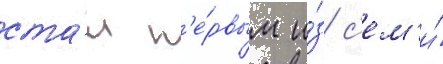
ста́л п'е́рвым и́з с'ем'и́